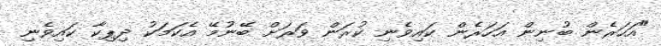
"އަހަރެން ބުނިން އަހަރެން ކައިވެނި ކުރަން ވަރަށް ބޭނުމޭ އެކަމަކު ދިޕިކާ ކައިވެނި